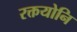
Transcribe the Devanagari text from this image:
रक्तयोनि